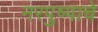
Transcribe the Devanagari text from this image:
नरपुष्पाचे